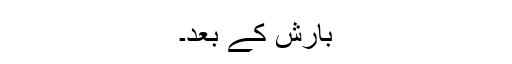
بارش کے بعد۔